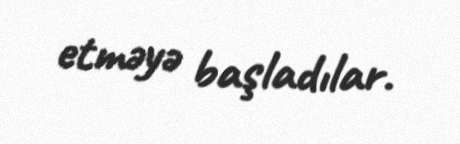
etməyə başladılar.